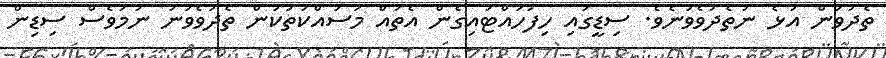
ތެދުވަން އުޅެ ނުތެދުވެވުނެވެ. ސިޑީގައި ހިފަހައްޓައިގެން އެތައް މަސައްކަތަކުން ތެދުވެވުނު ނަމަވެސް ސިޑިން